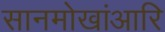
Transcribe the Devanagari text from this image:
सानमोखांआरि